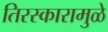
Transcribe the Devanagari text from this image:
तिरस्कारामुळे